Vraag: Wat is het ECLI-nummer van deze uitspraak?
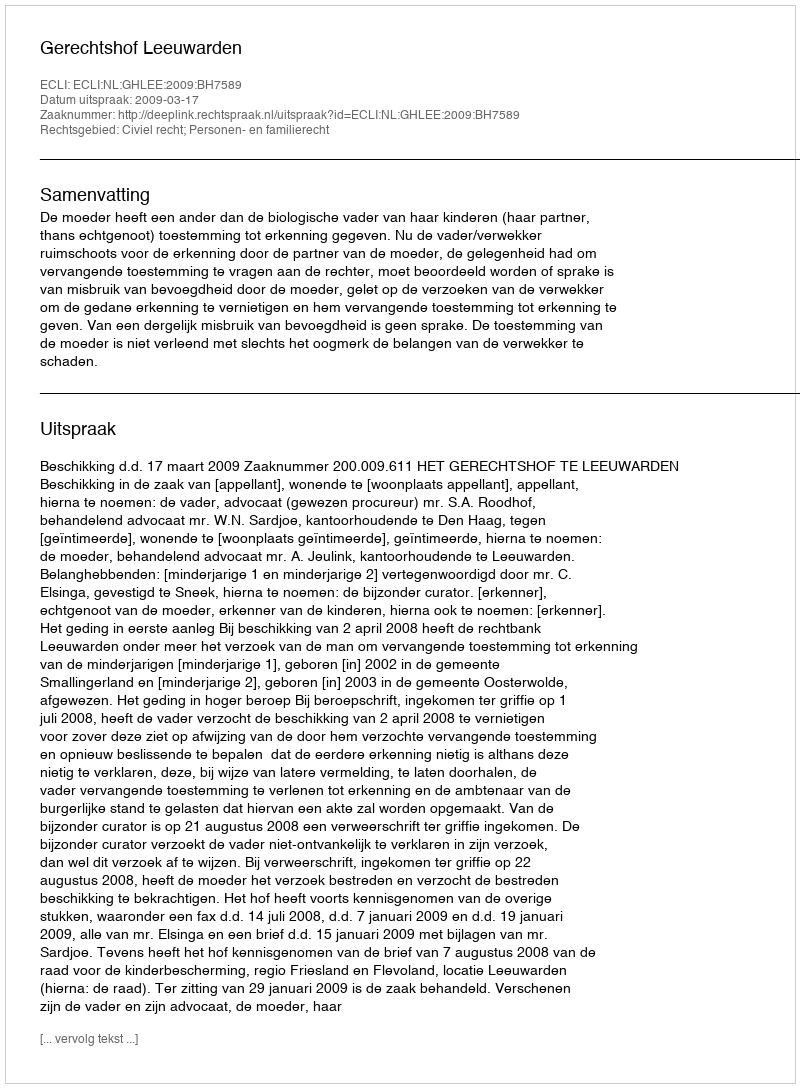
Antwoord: ECLI:NL:GHLEE:2009:BH7589